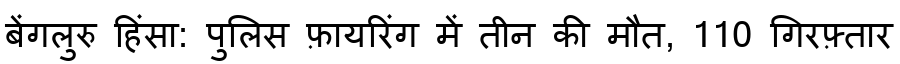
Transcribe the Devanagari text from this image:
बेंगलुरु हिंसा: पुलिस फ़ायरिंग में तीन की मौत, 110 गिरफ़्तार